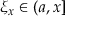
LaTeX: \xi _ { x } \in ( a , x ]